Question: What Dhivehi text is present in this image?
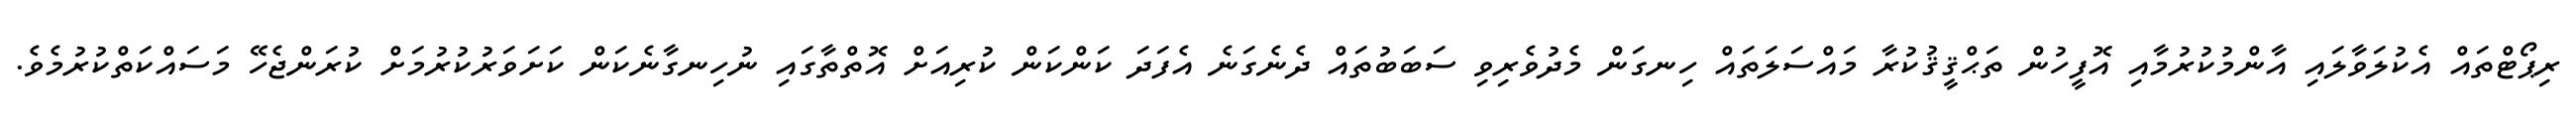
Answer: ރިޕޯޓްތައް އެކުލަވާލައި އާންމުކުރުމާއި އޮފީހުން ތަޙްޤީޤުކުރާ މައްސަލަތައް ހިނގަން މެދުވެރިވި ސަބަބުތައް ދެނެގަނެ އެފަދަ ކަންކަން ކުރިއަށް އޮތްތާގައި ނުހިނގާނެކަން ކަށަވަރުކުރުމަށް ކުރަންޖެހޭ މަސައްކަތްކުރުމެވެ.